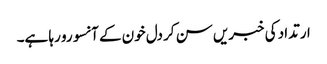
ارتداد کی خبریں سن کر دل خون کے آنسو رو رہا ہے۔